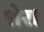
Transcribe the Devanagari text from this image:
शेर।